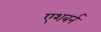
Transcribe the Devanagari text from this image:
एशबर्न